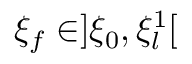
\xi _ { f } \in ] \xi _ { 0 } , \xi _ { l } ^ { 1 } [